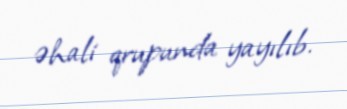
əhali qrupunda yayılıb.